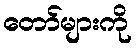
တော်များကို